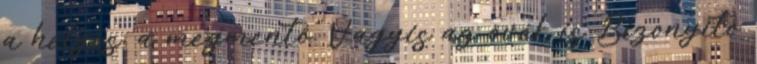
a helyes, a megmentõ. Vagyis az övék is Bizonyító